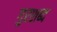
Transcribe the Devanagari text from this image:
गुरशब्द